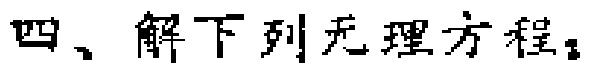
四、解下列无理方程：